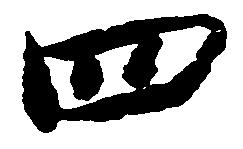
四